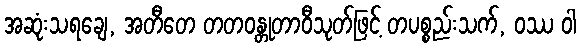
အဆုံးသရချေ, အတီတေ တတဝန္တုတာဝီသုတ်ဖြင့် တပစ္စည်းသက်, ဝဿ ဝါ